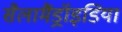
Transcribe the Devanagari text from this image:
सैलामैंड्रॉइडिया